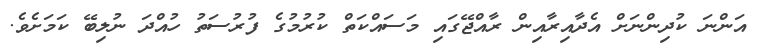
އަންނަ ކުދިންނަށް އެދާއިރާއިން ރާއްޖޭގައި މަސައްކަތް ކުރުމުގެ ފުރުސަތު ހުއްދަ ނުލިބޭ ކަމަށެވެ.